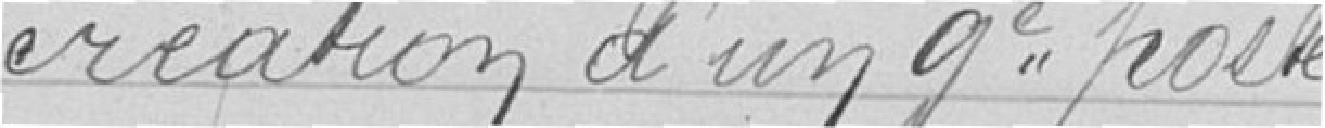
création d'un neuvième poste